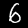
Label: 6